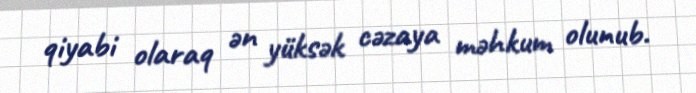
qiyabi olaraq ən yüksək cəzaya məhkum olunub.